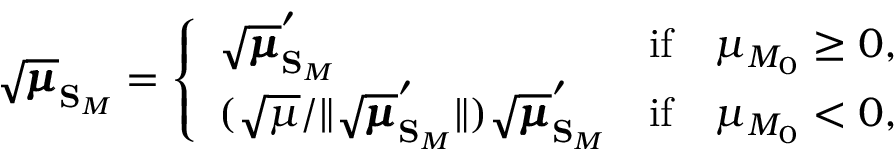
\sqrt { \pmb { \mu } } _ { \mathbf { S } _ { M } } = \left\{ \begin{array} { l l } { \sqrt { \pmb { \mu } } _ { \mathbf { S } _ { M } } ^ { \prime } } & { \mathrm { i f } \quad \mu _ { M _ { 0 } } \geq 0 , } \\ { ( \sqrt { \mu } / \lVert \sqrt { \pmb { \mu } } _ { \mathbf { S } _ { M } } ^ { \prime } \rVert ) \sqrt { \pmb { \mu } } _ { \mathbf { S } _ { M } } ^ { \prime } } & { \mathrm { i f } \quad \mu _ { M _ { 0 } } < 0 , } \end{array} \right.